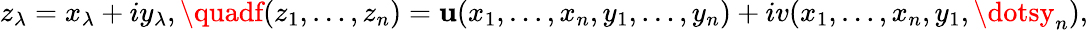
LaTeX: z_{\lambda}=x_{\lambda}+iy_{\lambda},\quadf(z_{1},\dots,z_{n})=\mathbf{u}(x_{1},\dots,x_{n},y_{1},\dots,y_{n})+iv(x_{1},\dots,x_{n},y_{1},\dotsy_{n}),